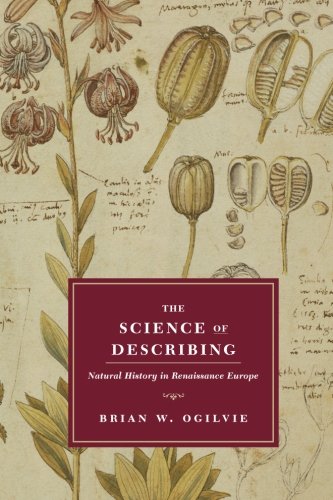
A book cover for The Science of Describing: Natural History in Renaissance Europe; Brian W. Ogilvie; Science & Math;